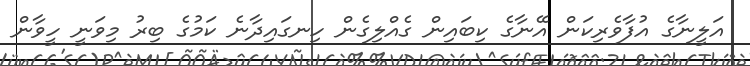
އަލީނާގެ އުފާވެރިކަން އޭނާގެ ކިބައިން ގެއްލިގެން ހިނގައިދާނެ ކަމުގެ ބިރު މިވަނީ ހީވާން